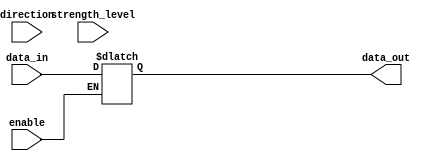
module IOBlocksCompensatedBuffer (
    input wire enable,
    input wire direction,
    input wire [1:0] strength_level,
    input wire data_in,
    output reg data_out
);

always @ (enable or direction or strength_level or data_in) begin
    if (enable) begin
        if (direction) begin
            // Data flow from input to output
            case (strength_level)
                2'b00: data_out <= data_in; // Low strength
                2'b01: data_out <= data_in; // Medium strength
                2'b10: data_out <= data_in; // High strength
                2'b11: data_out <= data_in; // Maximum strength
            endcase
        end else begin
            // Data flow from output to input
            case (strength_level)
                2'b00: data_out <= data_in; // Low strength
                2'b01: data_out <= data_in; // Medium strength
                2'b10: data_out <= data_in; // High strength
                2'b11: data_out <= data_in; // Maximum strength
            endcase
        end
    end else begin
        // Buffer disabled, data remains unchanged
        data_out <= data_out;
    end
end

endmodule